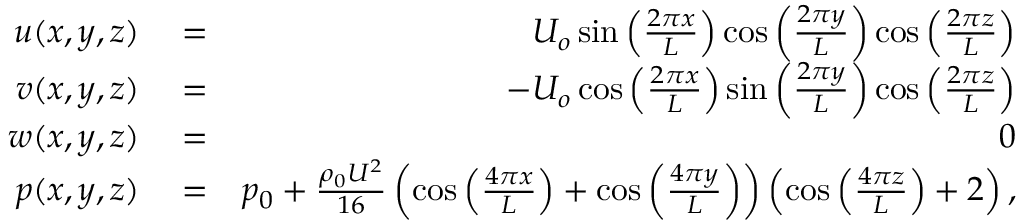
\begin{array} { r l r } { u ( x , y , z ) } & { { } = } & { U _ { o } \sin { \left( \frac { 2 \pi x } { L } \right) } \cos { \left( \frac { 2 \pi y } { L } \right) } \cos { \left( \frac { 2 \pi z } { L } \right) } } \\ { v ( x , y , z ) } & { { } = } & { - U _ { o } \cos { \left( \frac { 2 \pi x } { L } \right) } \sin { \left( \frac { 2 \pi y } { L } \right) } \cos { \left( \frac { 2 \pi z } { L } \right) } } \\ { w ( x , y , z ) } & { { } = } & { 0 } \\ { p ( x , y , z ) } & { { } = } & { p _ { 0 } + \frac { \rho _ { 0 } U ^ { 2 } } { 1 6 } \left( \cos { \left( \frac { 4 \pi x } { L } \right) } + \cos { \left( \frac { 4 \pi y } { L } \right) } \right) \left( \cos { \left( \frac { 4 \pi z } { L } \right) } + 2 \right) , } \end{array}